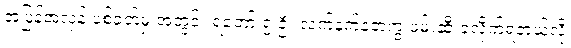
အပြန်အလှန် ပစ်ခတ်မှု အတွင်း ရဲဘော် ၅ ဦး လက်နက်နဲ့တကွ ဖမ်းဆီးခံလိုက်ရတယ်လို့